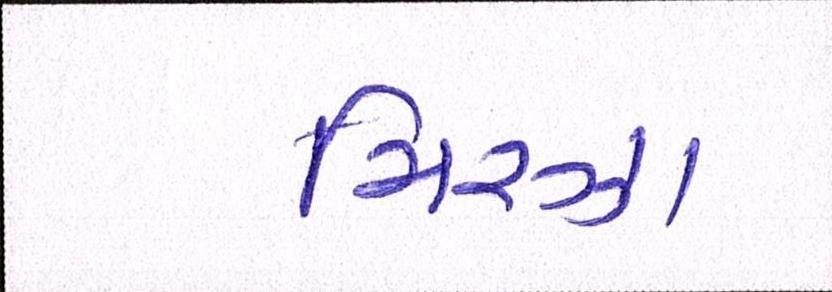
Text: મિરઝા